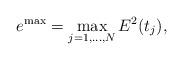
LaTeX: \begin{align*} e^{\max}_{} = \max_{j = 1,\dots,N} E^2_{}(t_j),\end{align*}